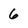
Character: 6